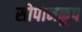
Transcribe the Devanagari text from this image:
सोपानकूप